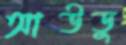
আউডু